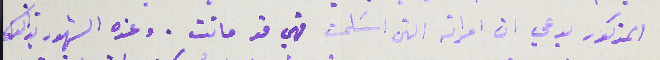
المذكور يدعي ان امراته التي اسَلمت فهي قد ماتت. وعنده الشهود بذالك